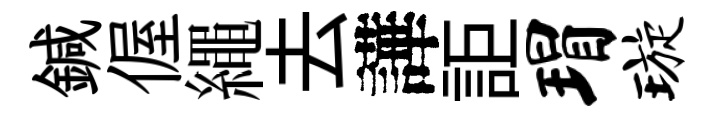
鍼偓繩去譁詎瑁璇